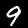
Label: 9